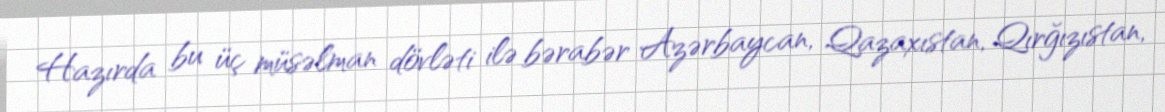
Hazırda bu üç müsəlman dövləti ilə bərabər Azərbaycan, Qazaxıstan, Qırğızıstan,